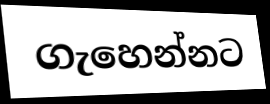
ගැහෙන්නට